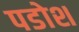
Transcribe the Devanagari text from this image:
पडोश